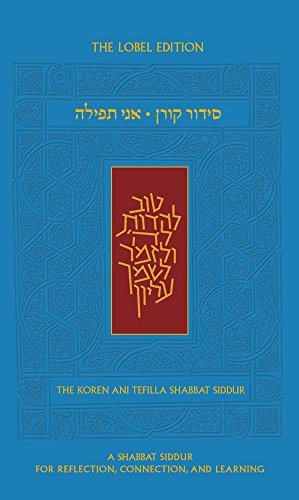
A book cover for Ani Tefilla Shabbat Siddur(Hebrew/English Edition); Jay Goldmintz; Religion & Spirituality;